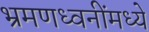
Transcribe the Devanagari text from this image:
भ्रमणध्वनींमध्ये